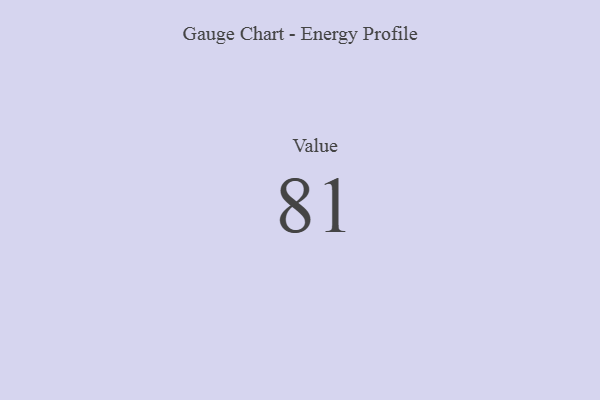
{"axis": {"x": "Metric", "y": "Value"}, "legend": [""], "data": [{"x": "Value", "y": 81, "type": ""}]}